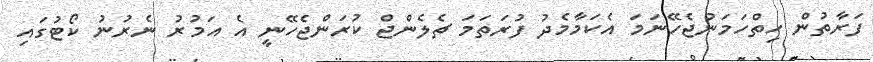
ފަރާތުން ހިތްހަމަނުޖެހޭނަމަ އެކަމާމެދު ފުރަތަމަ ޗެލެންޖް ކުރަންޖެހޭނީ އެ އަމުރު ނެރުނު ކޯޓުގައި